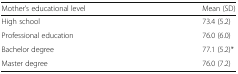
<table><thead><tr><td><b>Mother’s educational level</b></td><td><b>Mean (SD)</b></td></tr></thead><tbody><tr><td>High school</td><td>73.4 (5.2)</td></tr><tr><td>Professional education</td><td>76.0 (6.0)</td></tr><tr><td>Bachelor degree</td><td>77.1 (5.2)*</td></tr><tr><td>Master degree</td><td>76.0 (7.2)</td></tr></tbody></table>